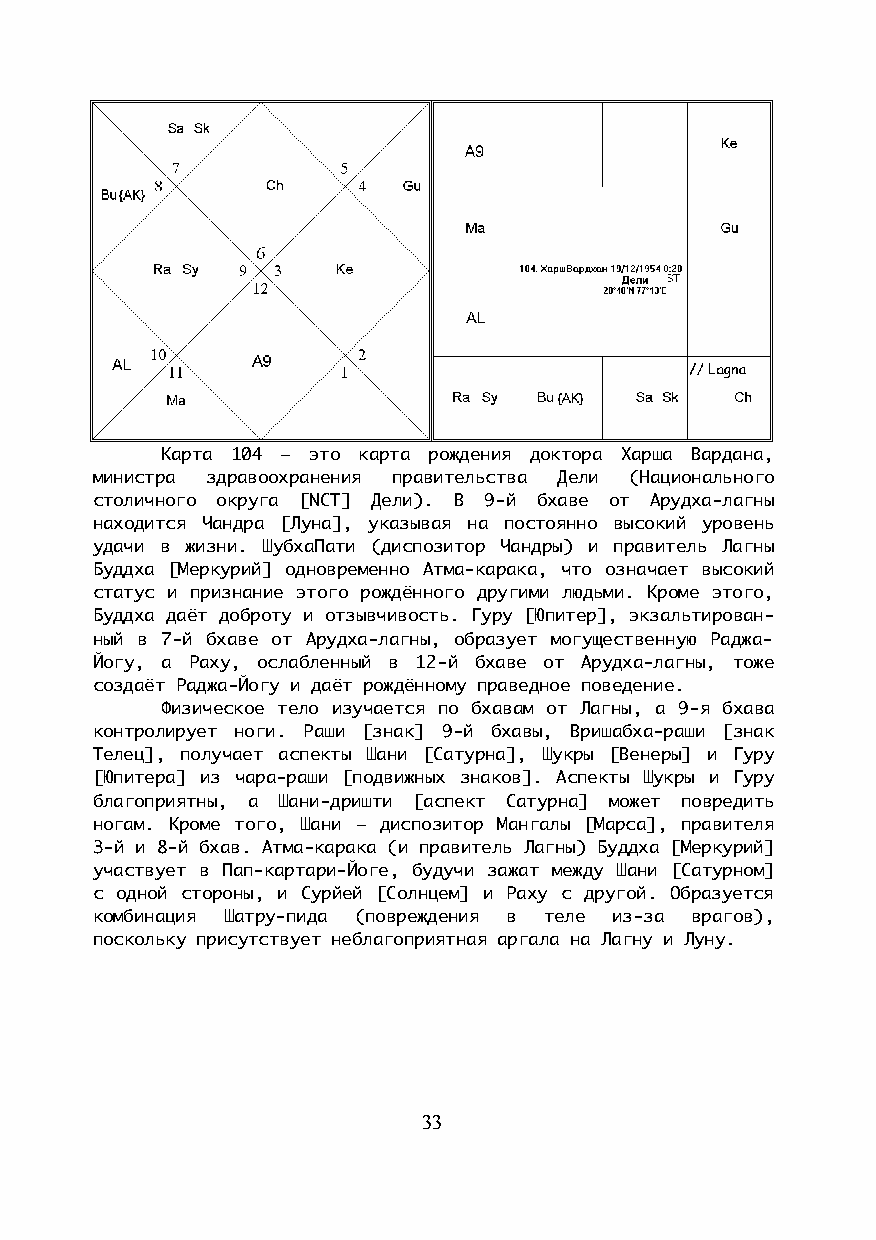
Карта 104 – это карта рождения доктора Харша Вардана,
 министра здравоохранения правительства Дели (Национального
 столичного округа [NCT] Дели). В 9-й бхаве от Арудха-лагны
 находится Чандра [Луна], указывая на постоянно высокий уровень
 удачи в жизни. ШубхаПати (диспозитор Чандры) и правитель Лагны
 Буддха [Меркурий] одновременно Атма-карака, что означает высокий
 статус и признание этого рождённого другими людьми. Кроме этого,
 Буддха даёт доброту и отзывчивость. Гуру [Юпитер], экзальтирован-
 ный в 7-й бхаве от Арудха-лагны, образует могущественную Раджа-
 Йогу, а Раху, ослабленный в 12-й бхаве от Арудха-лагны, тоже
 создаёт Раджа-Йогу и даёт рождённому праведное поведение.
 Физическое тело изучается по бхавам от Лагны, а 9-я бхава
 контролирует ноги. Раши [знак] 9-й бхавы, Вришабха-раши [знак
 Телец], получает аспекты Шани [Сатурна], Шукры [Венеры] и Гуру
 [Юпитера] из чара-раши [подвижных знаков]. Аспекты Шукры и Гуру
 благоприятны, а Шани-дришти [аспект Сатурна] может повредить
 ногам. Кроме того, Шани – диспозитор Мангалы [Марса], правителя
 3-й и 8-й бхав. Атма-карака (и правитель Лагны) Буддха [Меркурий]
 участвует в Пап-картари-Йоге, будучи зажат между Шани [Сатурном]
 с одной стороны, и Сурйей [Солнцем] и Раху с другой. Образуется
 комбинация Шатру-пида (повреждения в теле из-за врагов),
 поскольку присутствует неблагоприятная аргала на Лагну и Луну.
 33